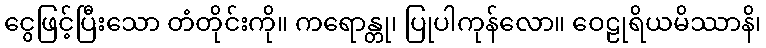
ငွေဖြင့်ပြီးသော တံတိုင်းကို။ ကရောန္တု၊ ပြုပါကုန်လော။ ဝေဠုရိယမိဿာနိ၊